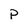
Character: p